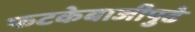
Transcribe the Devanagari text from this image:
फटकेबाजीपुढे